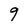
Character: 9